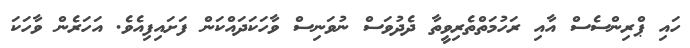
ހައި ޕްރިންސެސް އާއި ރަހުމަތްތެރިވީތާ ދެދުވަސް ނުވަނިސް ވާހަކަދައްކަން ފަށައިފިއެވެ. އަހަރެން ވާހަކަ